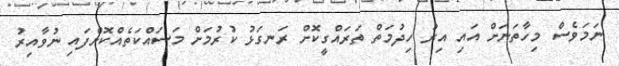
ނަމަވެސް މިހާތަނަށް އައި އިރު ހިދުމަތް ތަރައްގީކޮށް ރަނގަޅު ކުރުމަށް މަސައްކަތެއްކޮށްފައި ނުވާއިރު